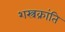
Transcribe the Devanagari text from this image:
शस्त्रक्रांति